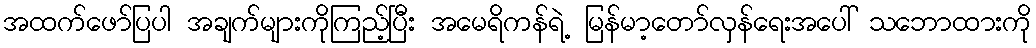
အထက်ဖော်ပြပါ အချက်များကိုကြည့်ပြီး အမေရိကန်ရဲ့ မြန်မာ့တော်လှန်ရေးအပေါ် သဘောထားကို